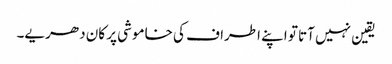
یقین نہیں آتا تو اپنے اطراف کی خاموشی پر کان دھریے۔